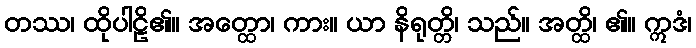
တဿ၊ ထိုပါဠိ၏။ အတ္ထော၊ ကား။ ယာ နိရုတ္တိ၊ သည်။ အတ္ထိ၊ ၏။ ဣဒံ၊